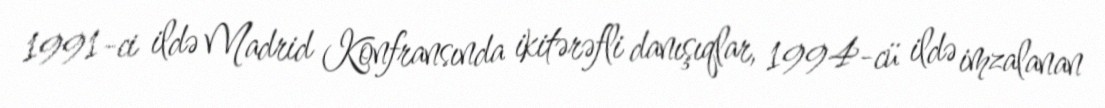
1991-ci ildə Madrid Konfransında ikitərəfli danışıqlar, 1994-cü ildə imzalanan